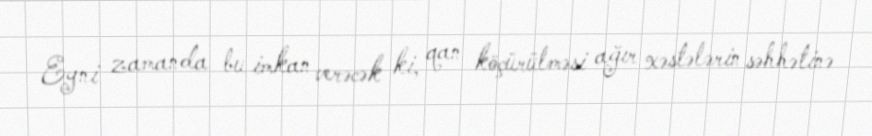
Eyni zamanda bu imkan verəcək ki, qan köçürülməsi ağır xəstələrin səhhətinə